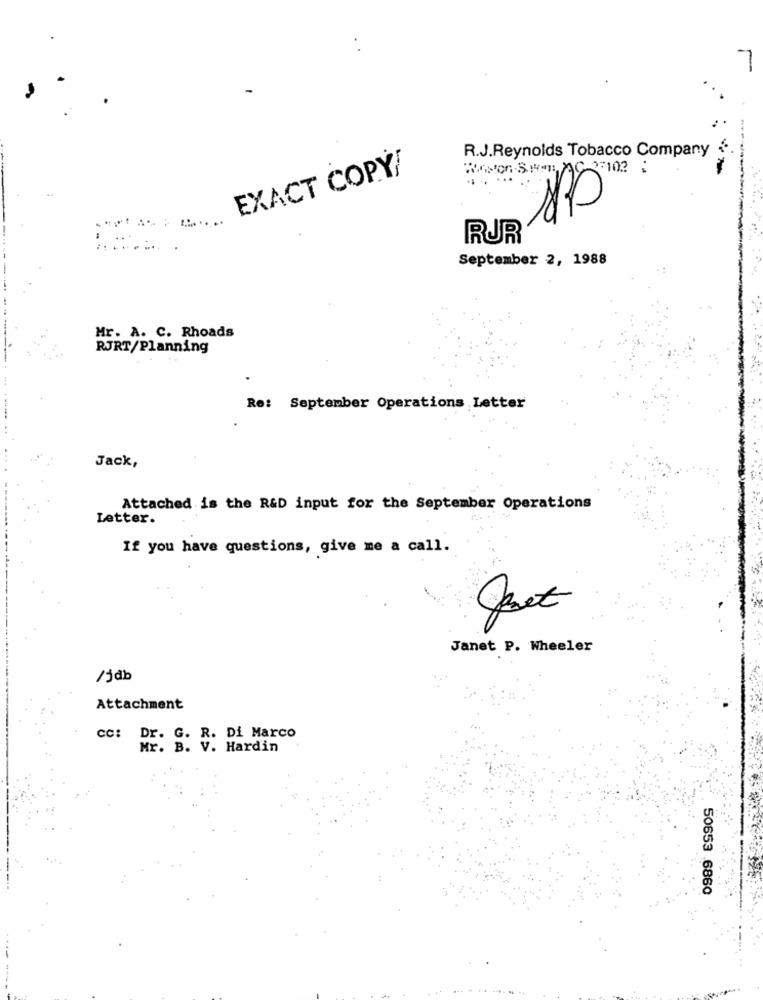
R.J.Reynolds Tobacco Company
EXACT COPY/
.. . .
....
RUR
........ .
September 2, 1988
Mr. A. C. Rhoads
RJRT/Planning
Re: September Operations Letter
Jack,
Attached is the R&D input for the September Operations
Letter.
If you have questions, give me a call.
Janet P. Wheeler
/jdb
Attachment
cc: Dr. G. R. Di Marco
Mr. B. V. Hardin
50653 6860